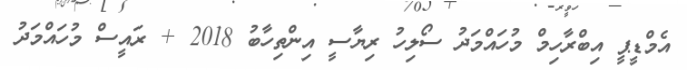
އެމްޑީޕީ އިބްރާހިމް މުހައްމަދު ސޯލިހު ރިޔާސީ އިންތިހާބު 2018 + ރައީސް މުހައްމަދު